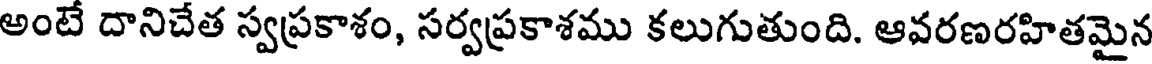
అంటే దానిచేత స్వప్రకాశం, సర్వప్రకాశము కలుగుతుంది. ఆవరణరహితమైన